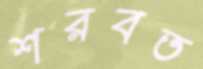
শরবত